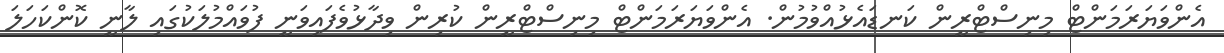
އެންވަޔަރަމަންޓް މިނިސްޓްރީން ކަނޑައެޅުއްވުމުން. އެންވަޔަރަމަންޓް މިނިސްޓްރީން ކުރިން ވިދާޅުވެފައިވަނީ ފުވައްމުލަކުގައި ލާނީ ކޮންކަހަލަ